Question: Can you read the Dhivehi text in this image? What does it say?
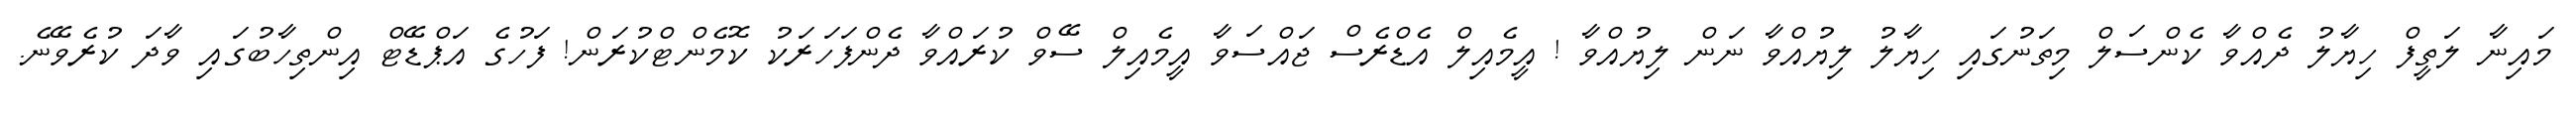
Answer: މައިނާ ލަތީފް ހިޔާލު ދެއްވާ ކެންސަލް މިތަނުގައި ހިޔާލު ލިޔުއްވާ ނަން ލިޔުއްވާ ! އީމެއިލް އެޑްރެސް ޖައްސަވާ އީމެއިލް ސޭވް ކުރައްވާ ދެންފަހަރަކު ކޮމެންޓްކުރަން! ފަހުގެ އަޕްޑޭޓް އިންތިހާބުގައި ވާދަ ކުރެވޭނެ.